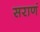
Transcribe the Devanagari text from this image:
सराणं